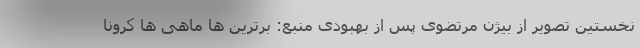
نخستین تصویر از بیژن مرتضوی پس از بهبودی منبع: برترین ها ماهی ها کرونا